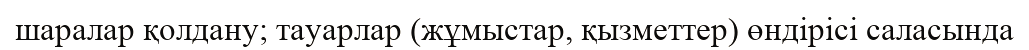
шаралар қолдану; тауарлар (жұмыстар, қызметтер) өндірісі саласында